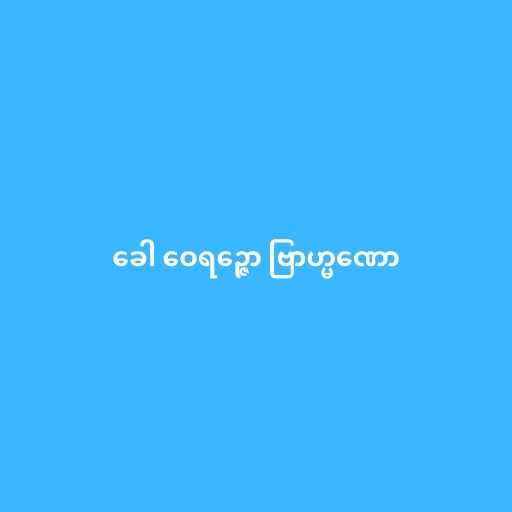
ခေါ ဝေရဉ္ဇော ဗြာဟ္မဏော